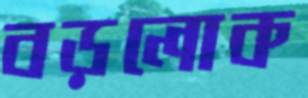
বড়লোক